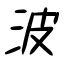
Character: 波